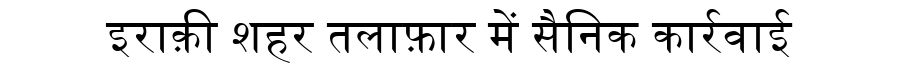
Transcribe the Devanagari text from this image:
इराक़ी शहर तलाफ़ार में सैनिक कार्रवाई